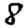
Digit: 8